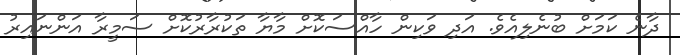
ދާނެ ކަމަށް ބުނެލިއެވެ. އަދި ވަކިން ހާއްސަކޮށް މާޔާ ތަކުރާރުކޮށް ސަމީރާ އަންނައިރު